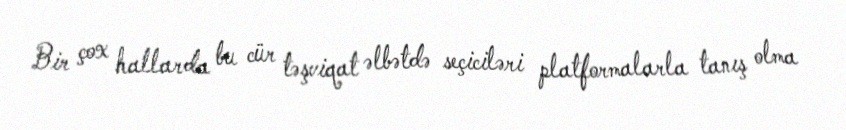
Bir çox hallarda bu cür təşviqat əlbətdə seçiciləri platformalarla tanış olma